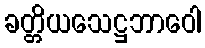
ခတ္တိယသေဋ္ဌဘာဝေါ